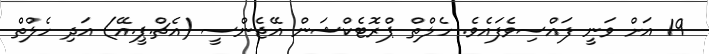
19 އަށް ވަނީ ފައްސިވެފައެވެ. ހެލްތް ޕްރޮޓެކްޝަން އޭޖެންސީ (އެޗް.ޕީ.އޭ) އަދި ހެލްތް